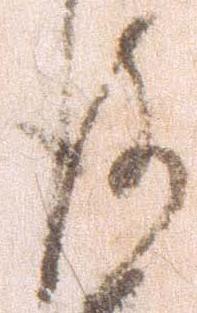
後